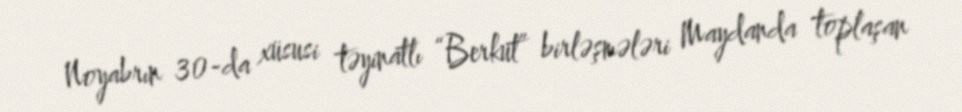
Noyabrın 30-da xüsusi təyinatlı “Berkut” birləşmələri Maydanda toplaşan